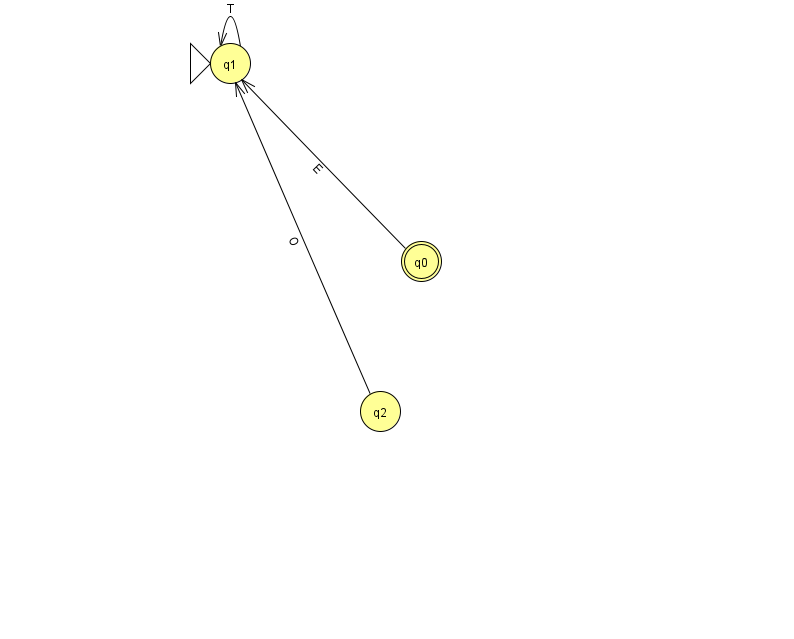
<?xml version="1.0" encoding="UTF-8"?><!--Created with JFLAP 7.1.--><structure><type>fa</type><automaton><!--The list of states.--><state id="0" name="q0"><x>421.0</x><y>248.0</y><final/></state><state id="1" name="q1"><x>230.0</x><y>50.0</y><initial/></state><state id="2" name="q2"><x>380.0</x><y>398.0</y></state><!--The list of transitions.--><transition><from>1</from><to>1</to><read>T</read></transition><transition><from>2</from><to>1</to><read>O</read></transition><transition><from>0</from><to>1</to><read>E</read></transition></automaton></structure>